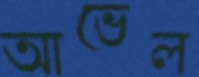
আভেল